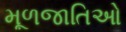
મૂળજાતિઓ